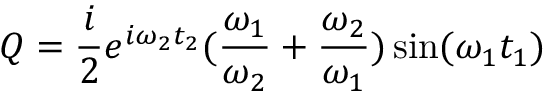
Q = \frac { i } { 2 } e ^ { i \omega _ { 2 } t _ { 2 } } ( \frac { \omega _ { 1 } } { \omega _ { 2 } } + \frac { \omega _ { 2 } } { \omega _ { 1 } } ) \sin ( \omega _ { 1 } t _ { 1 } )